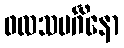
ဖလသမင်္ဂိနော